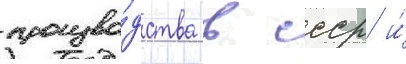
произво́дства в ссср и́